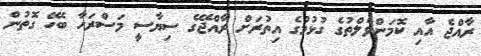
ރާއްޖެ އާއި ކޮމަންވެލްތުގެ ގުޅުމުގެ އިތުރަށް ރާއްޖޭގެ ސިޔާސީ މަސްރަހާ ބެހޭ ގޮތުން